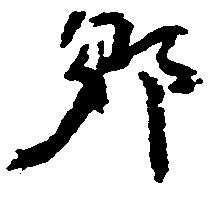
郷